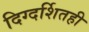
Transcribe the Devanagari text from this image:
दिग्दर्शितही